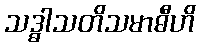
သဒ္ဓါသတိသမာဓီဟိ